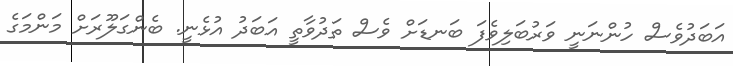
އަބަދުވެސް ހުންނަނީ ވަރުބަލިވެފަ ބަނޑަށް ވެސް ތަދުވާތީ އަބަދު އުޅެނީ. ބެންގަލޫރަށް މަންމަގެ